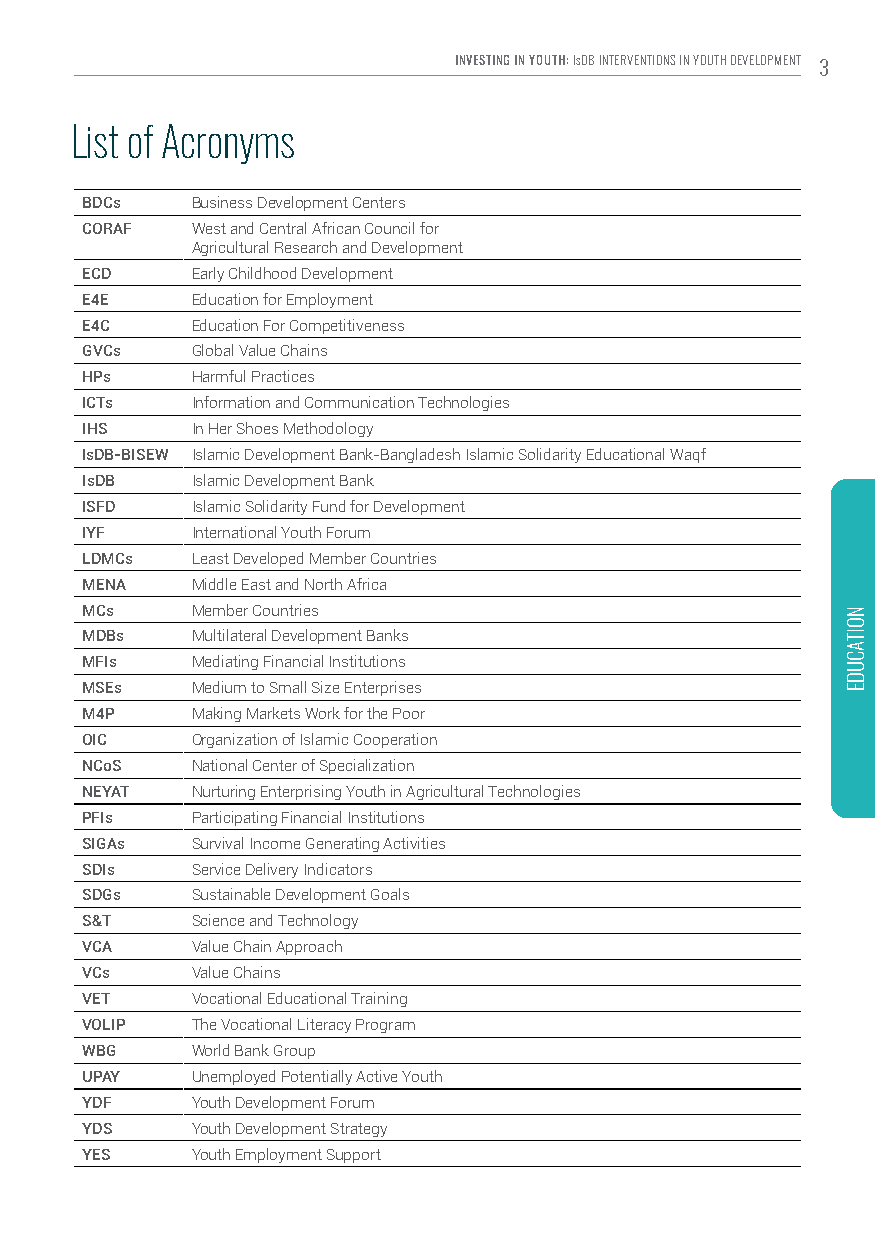
INVESTING IN YOUTH: IsDB INTERVENTIONS IN YOUTH DEVELOPMENT 3
 List of Acronyms
 BDCs    Business Development Centers
 CORAF   West and Central African Council for
 Agricultural Research and Development
 ECD     Early Childhood Development
 E4E     Education for Employment
 E4C     Education For Competitiveness
 GVCs    Global Value Chains
 HPs     Harmful Practices
 ICTs    Information and Communication Technologies
 IHS     In Her Shoes Methodology
 IsDB-BISEW Islamic Development Bank-Bangladesh Islamic Solidarity Educational Waqf
 IsDB    Islamic Development Bank
 ISFD    Islamic Solidarity Fund for Development
 IYF     International Youth Forum
 LDMCs   Least Developed Member Countries
 MENA    Middle East and North Africa
 MCs     Member Countries
 MDBs    Multilateral Development Banks
 MFIs    Mediating Financial Institutions
 MSEs    Medium to Small Size Enterprises
 M4P     Making Markets Work for the Poor
 OIC     Organization of Islamic Cooperation
 NCoS    National Center of Specialization
 NEYAT   Nurturing Enterprising Youth in Agricultural Technologies
 PFIs    Participating Financial Institutions
 SIGAs   Survival Income Generating Activities
 SDIs    Service Delivery Indicators
 SDGs    Sustainable Development Goals
 S&T     Science and Technology
 VCA     Value Chain Approach
 VCs     Value Chains
 VET     Vocational Educational Training
 VOLIP   The Vocational Literacy Program
 WBG     World Bank Group
 UPAY    Unemployed Potentially Active Youth
 YDF     Youth Development Forum
 YDS     Youth Development Strategy
 YES     Youth Employment Support
 NOITACUDE